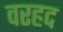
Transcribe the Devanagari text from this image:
वरहद